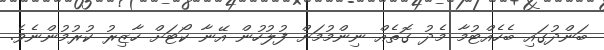
ބަންދުގައި ބެހެއްޓުމާ މެދު ގޮތެއް ނިންމުމަށް ފުލުހުން އޭނާ ކޯޓަށް ހާޒިރު ކުރުމުންނެވެ.